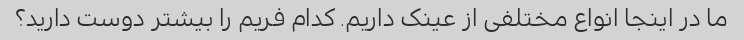
ما در اینجا انواع مختلفی از عینک داریم. کدام فریم را بیشتر دوست دارید؟